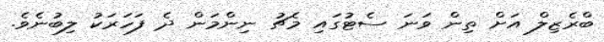
ބްރެޒިލް އަށް ތިން ވަނަ ސެޓުގައި މެޗު ނިންމަން ދެ ފަހަރަކު ލިބުނެވެ.